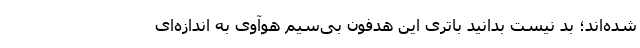
شده‌اند؛ بد نیست بدانید باتری این هدفون بی‌سیم هوآوی به اندازه‌ای